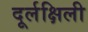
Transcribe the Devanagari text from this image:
दूर्लक्षिली